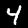
Digit: 4